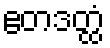
ဧတဒတ္ထံ